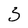
Character: 3